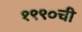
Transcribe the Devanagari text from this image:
१९९०ची